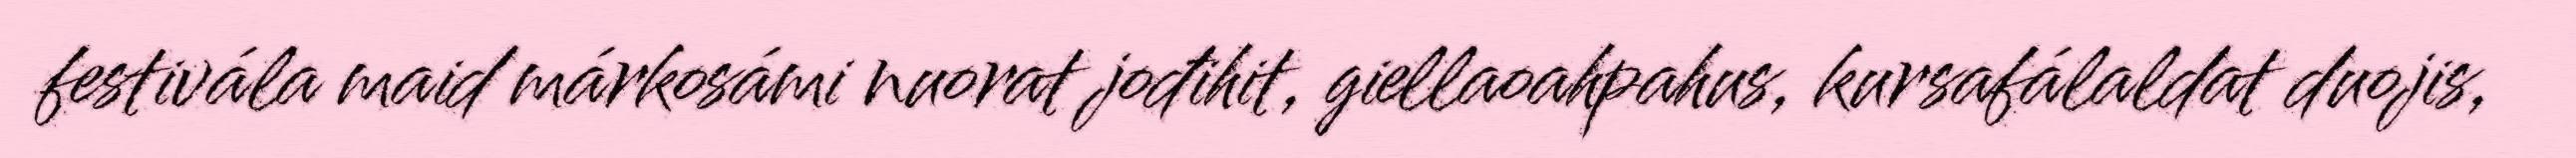
festivála maid márkosámi nuorat jođihit, giellaoahpahus, kursafálaldat duojis,